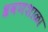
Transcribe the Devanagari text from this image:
श्रवणशाळा